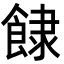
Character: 𩛾